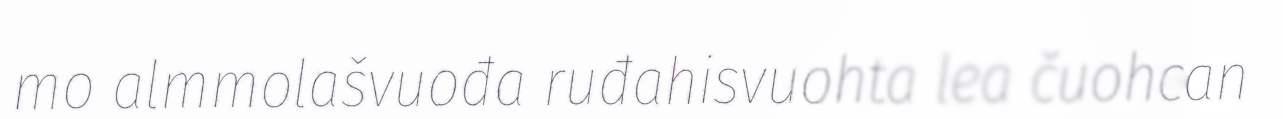
mo almmolašvuođa ruđahisvuohta lea čuohcan